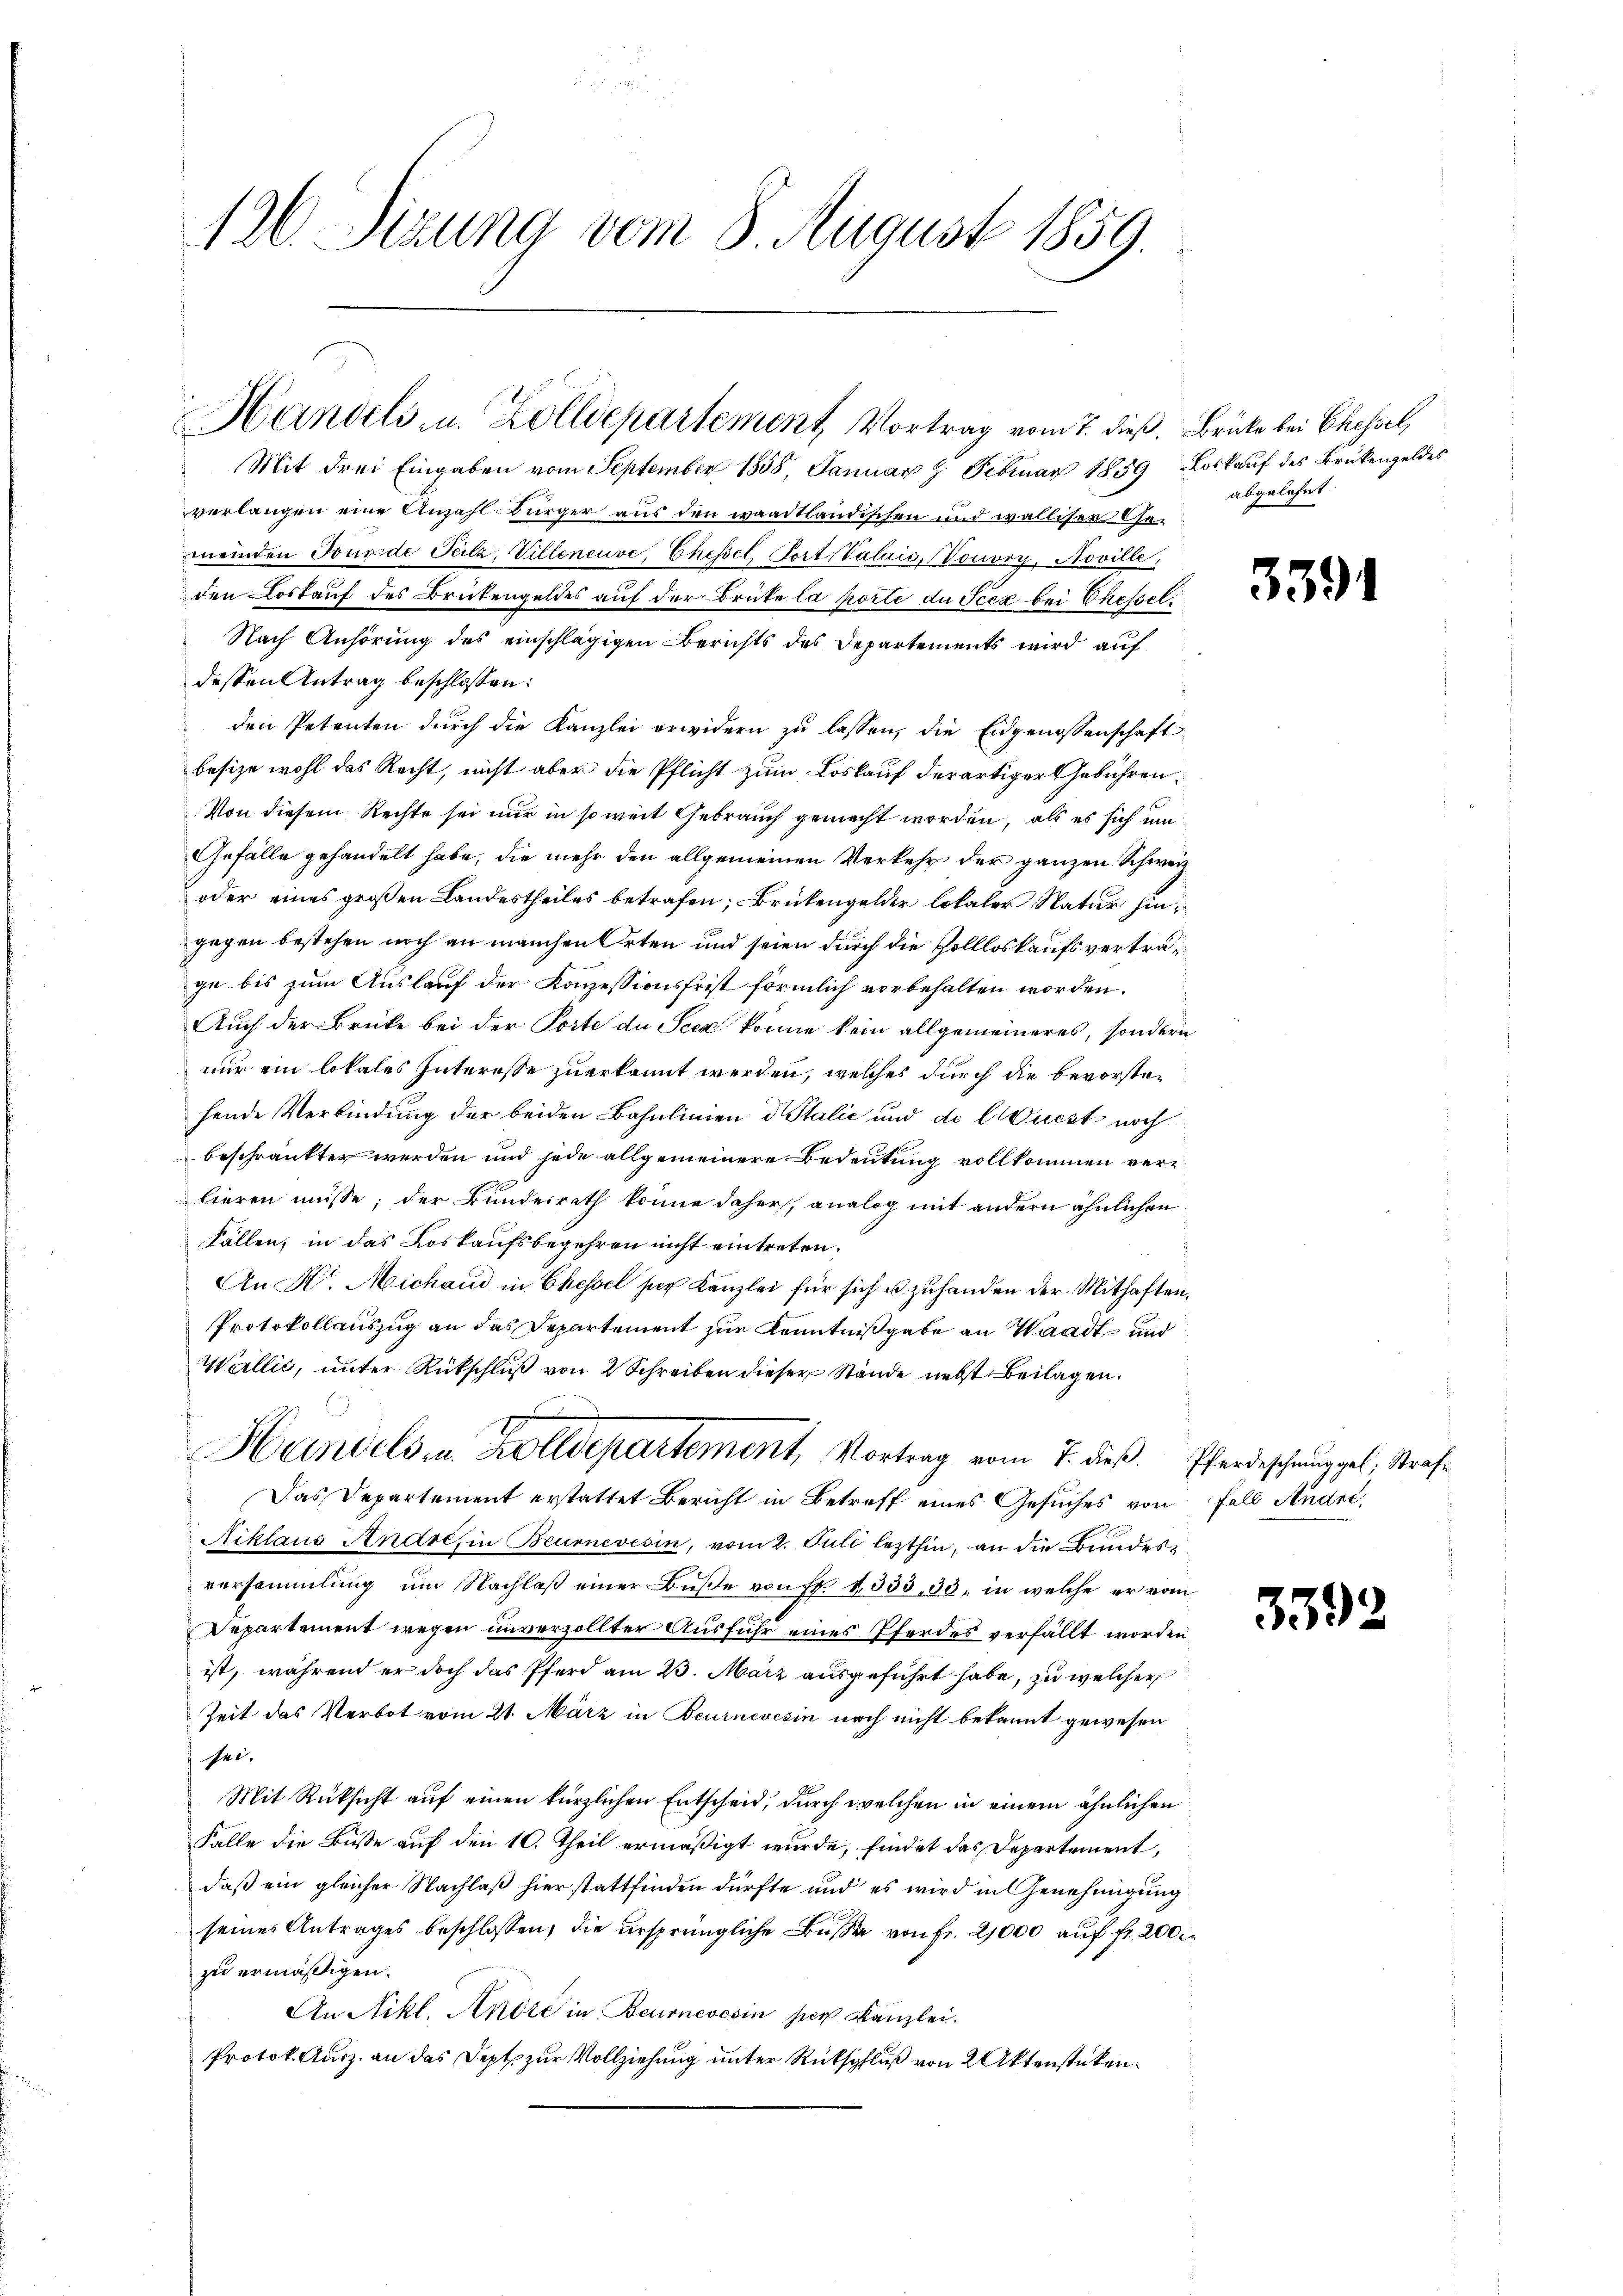
i
126. Sizung vom 8. August 1859.

Handels- u. Zolldepartement Vortrag vom 7. dieß. Brüke bei Ehehiel

Mit drei Eingaben vom September 1858, Januar 9. Februar 1859 Loskauf des Brükengeldes
verlangen eine Anzahlbürger aus den waadtländischen und walliser Ge-
meinden Jourde Pelz, Villeneuve, Ehessel, Port Valais, Vouvry. Noville,
den Loskauf des Brükengeldes auf der Brüke la porte du Jcez bei Ehestel¬
Nach Anhörung des einschlägigen Berichts des Departements wird auf
dessen Antrag beschlossen:
den Petenten durch die Kanzlei erwidern zu lassen, die Eidgenossenschaft
besize wohl das Recht, nicht aber die Pflicht zum Loskauf derartiger Gebühren:
Von diesem Rechte sei nur in so weit Gebrauch gemacht worden, als es sich um
Gefälle gehandelt habe, die mehr den allgemeinen Verkehr der ganzen Schwer
oder eines großen Landestheiles betrafen, Brükengelder Lokaler Natur hingegen bestehen noch an manchen Orten und seien durch die Hollloskaufsverträge bis zum Auslauf der Konzessionsfrist förmlich vorbehalten worden.
Auch der Brücke bei der Porte de Seen könne kein allgemeineres, sondern
nur ein lokales Interesse zuerkannt werden, welches durch die bevorstehende Verbindung der beiden Bahnlinien d. Stalić und de CQuest noch
beschränkten werden und jede allgemeinere Bedeutung vollkommen verlieren müsse; der Bundeirath könne daher, analog mit andern ähnlichen
Fällen, in das Loskaufsbegehren nicht eintreten.
An Hr. Michand in Chessel zur Kanzlei für sich u. zuhanden der Mithaften,
Protokollauszug an das Departement zur Kenntnißgabe an Waadt und
Wallić, unter Rückschluß von 2 Schreiben dieser Stände nebst Beilagen.
Handels- u. Zolldepartement, Vortrag vom 7. dieß. Pferdeschmuggel, Strafe
Das Departement erstattet Bericht in Betreff eines Gesuches von Fall Andre
Niklaus Andre, in Beurnevesin, vom 2. Juli lezthin, an die Bundesversammlung um Nachlaβ einer Bŭβe von fr. 1533, 30, in welche er vom
Departement wegen unverzollter Ausführ eines Pferdes verfällt worden
ist, während er doch das Pferd am 23. März ausgeführt habe, zu welcher
Zeit das Verbot vom 21. März in Beurnevesin noch nicht bekannt gewesen
Pkt.
Mit Rüksicht auf einen kürzlichen Entscheid, durch welchen in einem ähnlichen
Falle die Buße auf den 10. Theil ermäßigt wurde, findet das Departement,
daß ein gleicher Nachlaß hierstattfinden dürfte und es wird in Genehmigung
seines Antrages beschlossen, die ursprüngliche Busse von Fr. 2,000 auf fr. 200
zu ermäßigen.
An Nikl. Andre in Beurnevesin per Kanzlei.
Protok. Ausz, an das Sept zur Vollziehung unter Rückschluß von 2 Aktenstüken¬

abgelehnt.

339.

359